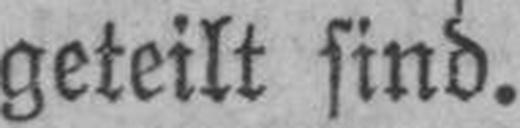
geteilt sind.